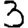
Digit: 3